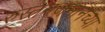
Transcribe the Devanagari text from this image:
रुस्तमजमानच्या